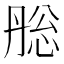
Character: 㥖